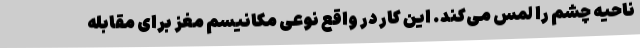
ناحیه چشم را لمس می‌کند. این کار در واقع نوعی مکانیسم مغز برای مقابله